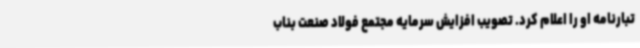
تبارنامه او را اعلام کرد. تصویب افزایش سرمایه مجتمع فولاد صنعت بناب